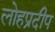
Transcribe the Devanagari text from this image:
लोहप्रदीप